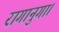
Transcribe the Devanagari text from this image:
रागानुगा।